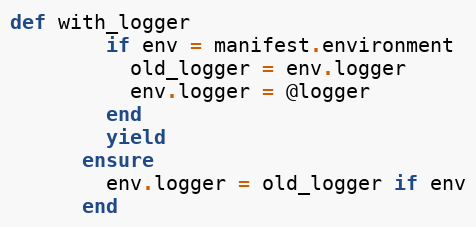
Language: Ruby
def with_logger
        if env = manifest.environment
          old_logger = env.logger
          env.logger = @logger
        end
        yield
      ensure
        env.logger = old_logger if env
      end